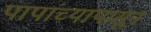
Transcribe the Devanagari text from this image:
पापांच्यापासून